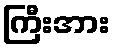
ကြီးအား